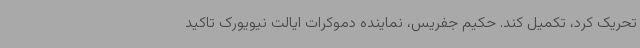
تحریک کرد، تکمیل کند. حکیم جفریس، نماینده دموکرات ایالت نیویورک تاکید